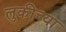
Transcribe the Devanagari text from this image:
लुकीच्या